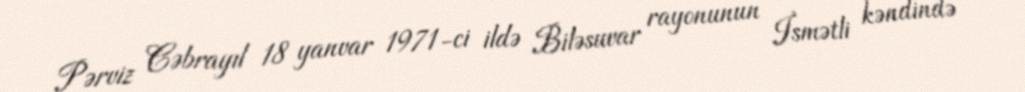
Pərviz Cəbrayıl 18 yanvar 1971-ci ildə Biləsuvar rayonunun İsmətli kəndində